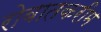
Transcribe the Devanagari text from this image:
रोबातकरीम